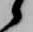
候